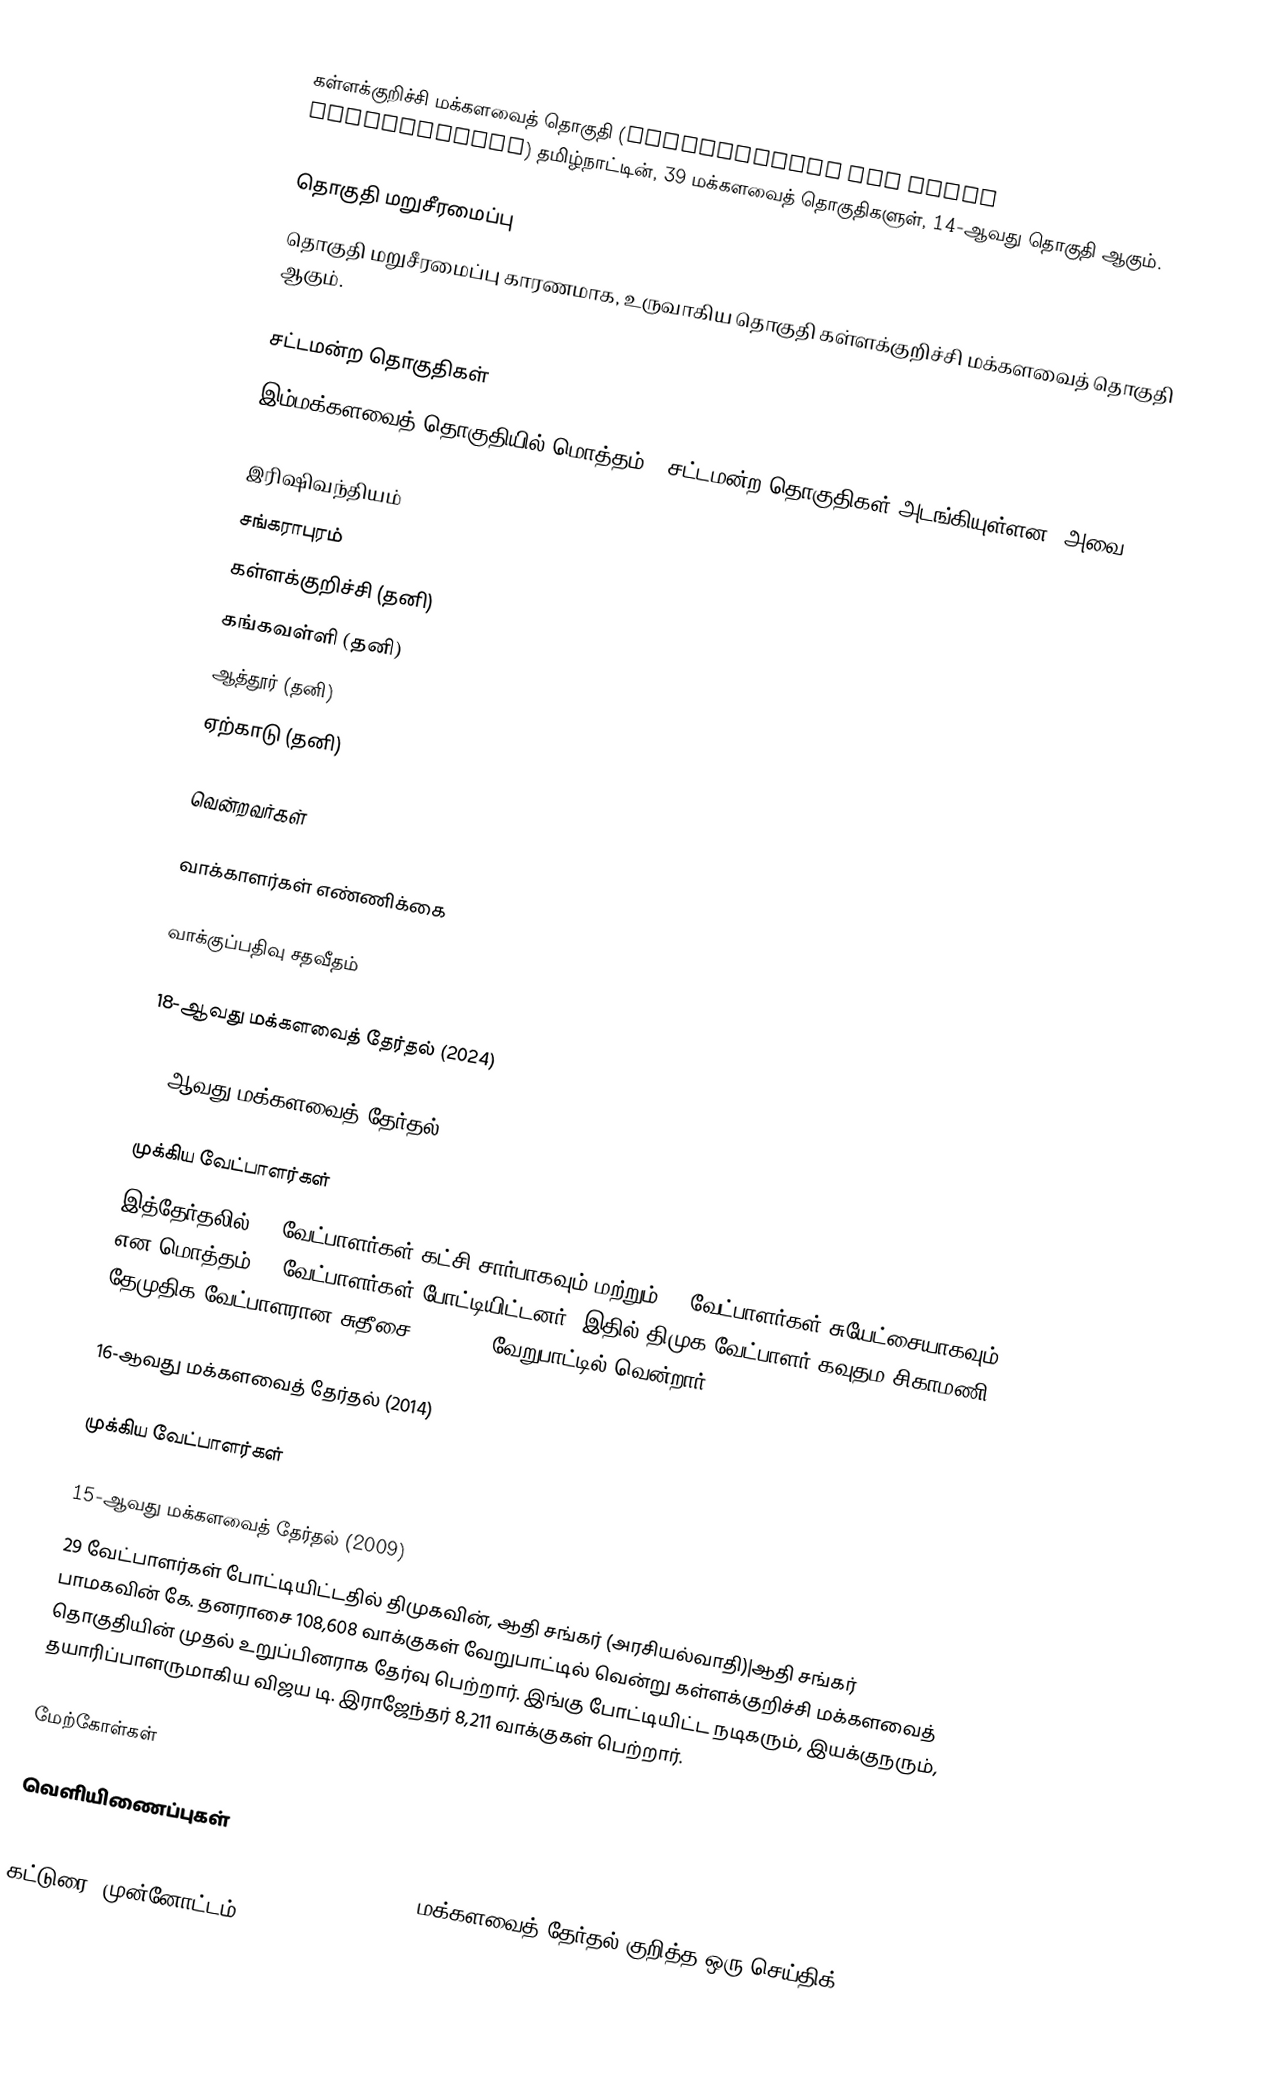
கள்ளக்குறிச்சி மக்களவைத் தொகுதி (Kallakurichi Lok Sabha constituency) தமிழ்நாட்டின், 39 மக்களவைத் தொகுதிகளுள், 14-ஆவது தொகுதி ஆகும்.

தொகுதி மறுசீரமைப்பு
தொகுதி மறுசீரமைப்பு காரணமாக, உருவாகிய தொகுதி கள்ளக்குறிச்சி மக்களவைத் தொகுதி ஆகும்.

சட்டமன்ற தொகுதிகள்
இம்மக்களவைத் தொகுதியில் மொத்தம் 6 சட்டமன்ற தொகுதிகள் அடங்கியுள்ளன. அவை:

 இரிஷிவந்தியம்
 சங்கராபுரம்
 கள்ளக்குறிச்சி (தனி)
 கங்கவள்ளி (தனி)
 ஆத்தூர் (தனி)
 ஏற்காடு (தனி)

வென்றவர்கள்

வாக்காளர்கள் எண்ணிக்கை

வாக்குப்பதிவு சதவீதம்

18-ஆவது மக்களவைத் தேர்தல் (2024)

17-ஆவது மக்களவைத் தேர்தல் (2019)

முக்கிய வேட்பாளர்கள்
இத்தேர்தலில், 6 வேட்பாளர்கள் கட்சி சார்பாகவும் மற்றும் 18 வேட்பாளர்கள் சுயேட்சையாகவும் என மொத்தம் 24 வேட்பாளர்கள் போட்டியிட்டனர். இதில் திமுக வேட்பாளர் கவுதம சிகாமணி, தேமுதிக வேட்பாளரான சுதீசை 3,99,919 வேறுபாட்டில் வென்றார்.

16-ஆவது மக்களவைத் தேர்தல் (2014)

முக்கிய வேட்பாளர்கள்

15-ஆவது மக்களவைத் தேர்தல் (2009)
29 வேட்பாளர்கள் போட்டியிட்டதில் திமுகவின், ஆதி சங்கர் (அரசியல்வாதி)|ஆதி சங்கர் பாமகவின் கே. தனராசை 108,608 வாக்குகள் வேறுபாட்டில் வென்று கள்ளக்குறிச்சி மக்களவைத் தொகுதியின் முதல் உறுப்பினராக தேர்வு பெற்றார். இங்கு போட்டியிட்ட நடிகரும், இயக்குநரும், தயாரிப்பாளருமாகிய விஜய டி. இராஜேந்தர் 8,211 வாக்குகள் பெற்றார்.

மேற்கோள்கள்

வெளியிணைப்புகள்
 It's still a guessing game in Kallakurichi - 2014 மக்களவைத் தேர்தல் குறித்த ஒரு செய்திக் கட்டுரை (முன்னோட்டம்)